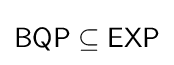
{\mathsf {BQP}}\subseteq {\mathsf {EXP}}